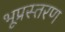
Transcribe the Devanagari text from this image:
भूप्रस्तरण